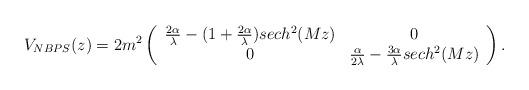
LaTeX: \begin{align*}V_{NBPS}(z)=2m^2\left(\begin{array}{cc}\frac{2\alpha}{\lambda}-(1+\frac{2\alpha}{\lambda})sech^2(Mz)&0 \\0&\frac{\alpha}{2\lambda}-\frac{3\alpha}{\lambda}sech^2(Mz)\end{array}\right).\end{align*}